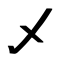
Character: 乄